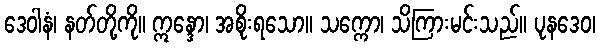
ဒေဝါနံ၊ နတ်တို့ကို။ ဣန္ဒော၊ အစိုးရသော။ သက္ကော၊ သိကြားမင်းသည်။ ပုနဒေဝ၊